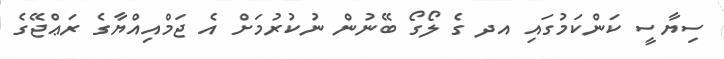
ސިޔާސީ ކަންކަމުގައި އދ ގެ ލޯގޯ ބޭނުން ނުކުރުމަށް އެ ޖަމްއިއްޔާގެ ރަޢްޖޭގެ